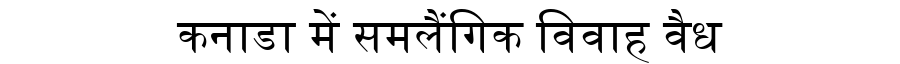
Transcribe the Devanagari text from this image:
कनाडा में समलैंगिक विवाह वैध